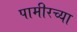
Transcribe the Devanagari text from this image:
पामीरच्या